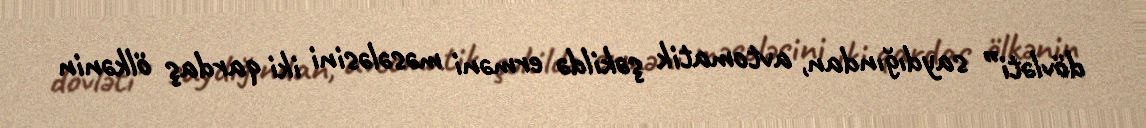
dövləti” saydığından, avtomatik şəkildə erməni məsələsini iki qardaş ölkənin